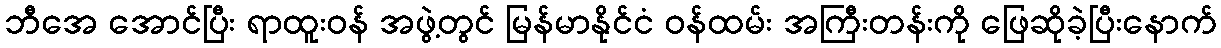
ဘီအေ အောင်ပြီး ရာထူးဝန် အဖွဲ့တွင် မြန်မာနိုင်ငံ ဝန်ထမ်း အကြီးတန်းကို ဖြေဆိုခဲ့ပြီးနောက်